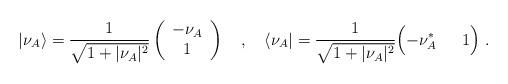
LaTeX: \begin{align*}\vert\nu_A\rangle={1\over\sqrt{1+\vert\nu_A\vert^2}}\left(\begin{array}{c} -\nu_A \\ 1\end{array}\right)\quad,\quad\langle \nu_A\vert={1\over\sqrt{1+\vert\nu_A\vert^2}}\Bigl(-\nu_A^* \;\quad\; 1\Bigr)\;.\end{align*}